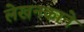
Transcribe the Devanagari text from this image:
लेखनकाने